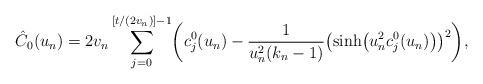
LaTeX: \begin{align*} \hat{C}_0(u_n)=2v_n\sum^{[t/(2v_n)]-1}_{j=0} \biggl(c_j^0(u_n)-\frac{1}{u_n^2(k_n-1)}\bigl(\sinh\bigl(u_n^2c_j^0(u_n)\bigr)\bigr)^2 \biggr),\end{align*}